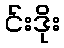
င်းဒိုး